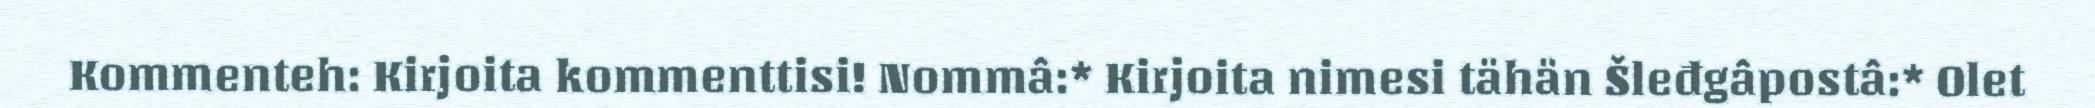
Kommenteh: Kirjoita kommenttisi! Nommâ:* Kirjoita nimesi tähän Šleđgâpostâ:* Olet